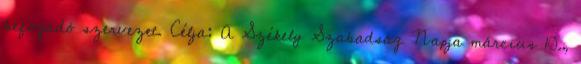
befogadó szervezet. Célja: A Székely Szabadság Napja március 10.,